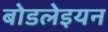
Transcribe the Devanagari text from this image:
बोडलेइयन